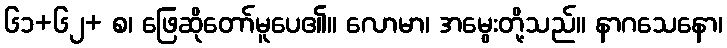
၆၁+၆၂+ စ၊ ဖြေဆိုတော်မူပေ၏။ လောမာ၊ အမွေးတို့သည်။ နာဂသေနော၊